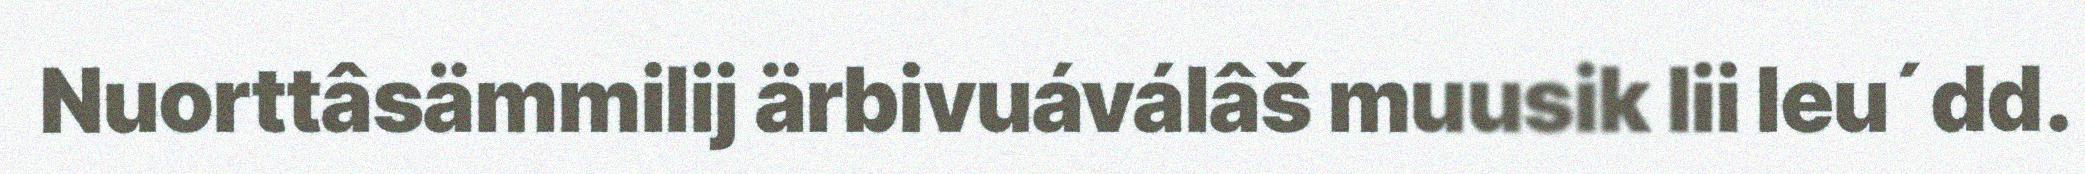
Nuorttâsämmilij ärbivuáválâš muusik lii leu´dd.